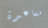
مساعدة